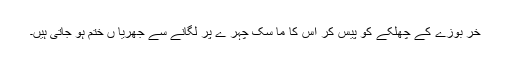
خر بوزے کے چھلکے کو پیس کر اس کا ما سک چہر ے پر لگانے سے جھریا ں ختم ہو جاتی ہیں۔